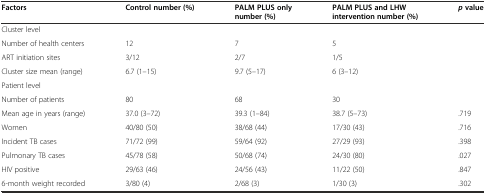
<table><thead><tr><td><b>Factors</b></td><td><b>Control number (%)</b></td><td><b>PALM PLUS only number (%)</b></td><td><b>PALM PLUS and LHW intervention number (%)</b></td><td><b><i>p</i>value</b></td></tr></thead><tbody><tr><td>Cluster level</td><td></td><td></td><td></td><td></td></tr><tr><td>Number of health centers</td><td>12</td><td>7</td><td>5</td><td></td></tr><tr><td>ART initiation sites</td><td>3/12</td><td>2/7</td><td>1/5</td><td></td></tr><tr><td>Cluster size mean (range)</td><td>6.7 (1–15)</td><td>9.7 (5–17)</td><td>6 (3–12)</td><td></td></tr><tr><td>Patient level</td><td></td><td></td><td></td><td></td></tr><tr><td>Number of patients</td><td>80</td><td>68</td><td>30</td><td></td></tr><tr><td>Mean age in years (range)</td><td>37.0 (3–72)</td><td>39.3 (1–84)</td><td>38.7 (5–73)</td><td>.719</td></tr><tr><td>Women</td><td>40/80 (50)</td><td>38/68 (44)</td><td>17/30 (43)</td><td>.716</td></tr><tr><td>Incident TB cases</td><td>71/72 (99)</td><td>59/64 (92)</td><td>27/29 (93)</td><td>.398</td></tr><tr><td>Pulmonary TB cases</td><td>45/78 (58)</td><td>50/68 (74)</td><td>24/30 (80)</td><td>.027</td></tr><tr><td>HIV positive</td><td>29/63 (46)</td><td>24/56 (43)</td><td>11/22 (50)</td><td>.847</td></tr><tr><td>6-month weight recorded</td><td>3/80 (4)</td><td>2/68 (3)</td><td>1/30 (3)</td><td>.302</td></tr></tbody></table>